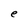
Character: e